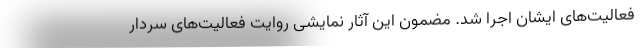
فعالیت‌های ایشان اجرا شد. مضمون این آثار نمایشی روایت فعالیت‌های سردار